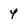
Character: 4